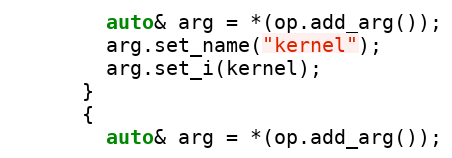
Language: C++
        auto& arg = *(op.add_arg());
        arg.set_name("kernel");
        arg.set_i(kernel);
      }
      {
        auto& arg = *(op.add_arg());